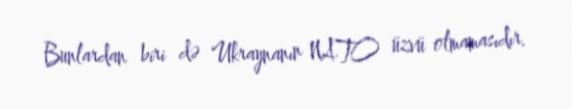
Bunlardan biri də Ukraynanın NATO üzvü olmamasıdır.